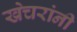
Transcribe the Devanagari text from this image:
खेचरांनी